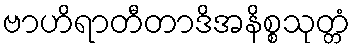
ဗာဟိရာတီတာဒိအနိစ္စသုတ္တံ